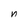
Character: n